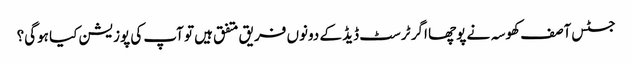
جسٹس آصف کھوسہ نے پوچھا اگر ٹرسٹ ڈیڈ کے دونوں فریق متفق ہیں تو آپ کی پوزیشن کیا ہوگی؟